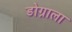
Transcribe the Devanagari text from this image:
डोग्राला